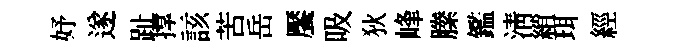
妤遂趾撑該苦岳饜吸狄峰縢鑑淸綃珥經